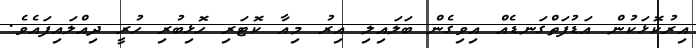
އިރުކޮޅަކުން އަޑުފަތްގަނޑެއް އިވިގެން ބަލައިލި އިރު މިއާ ކޮޓަރި ހޮޅިބުރި ހުރީ ދިއްލައިފައެވެ.